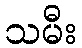
သမီး